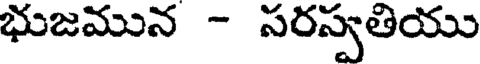
భుజమున - సరస్వతియు